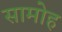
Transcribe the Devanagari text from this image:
सामोह